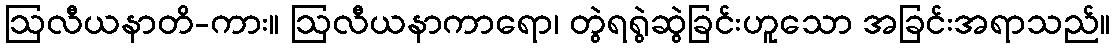
ဩလီယနာတိ-ကား။ ဩလီယနာကာရော၊ တွဲရရွဲဆွဲခြင်းဟူသော အခြင်းအရာသည်။